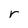
Character: r